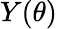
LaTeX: Y(\theta)